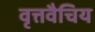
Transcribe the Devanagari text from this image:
वृत्तवैचिय